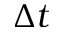
\Delta t